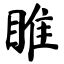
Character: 睢